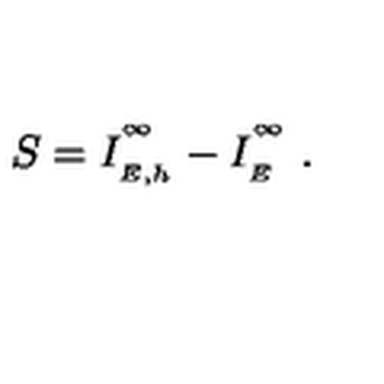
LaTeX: S = I _ { \phantom { } _ { E , h } } ^ { \phantom { } ^ { \infty } } - I _ { \phantom { } _ { E } } ^ { \phantom { } ^ { \infty } } \ .